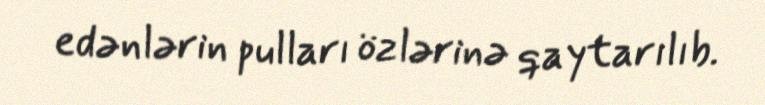
edənlərin pulları özlərinə qaytarılıb.